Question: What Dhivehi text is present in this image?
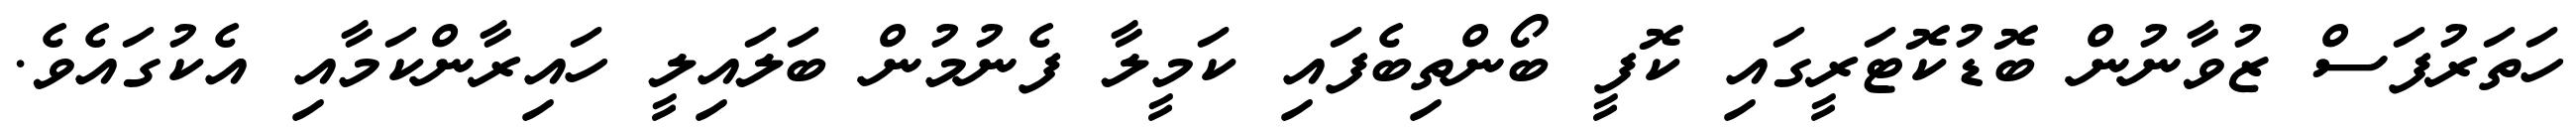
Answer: ހަތަރުފަސް ޒުވާނުން ބޮޑުކޮޓަރީގައި ކޮފީ ބޯންތިބެފައި ކަމީލާ ފެނުމުން ބަލައިލީ ހައިރާންކަމާއި އެކުގައެވެ.